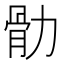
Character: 䯇